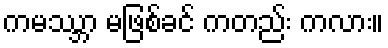
ကမဿ္ဘာ မဖြစ်ခင် ကတည်း ကလား။